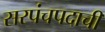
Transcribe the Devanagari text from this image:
सरपंचपदाची